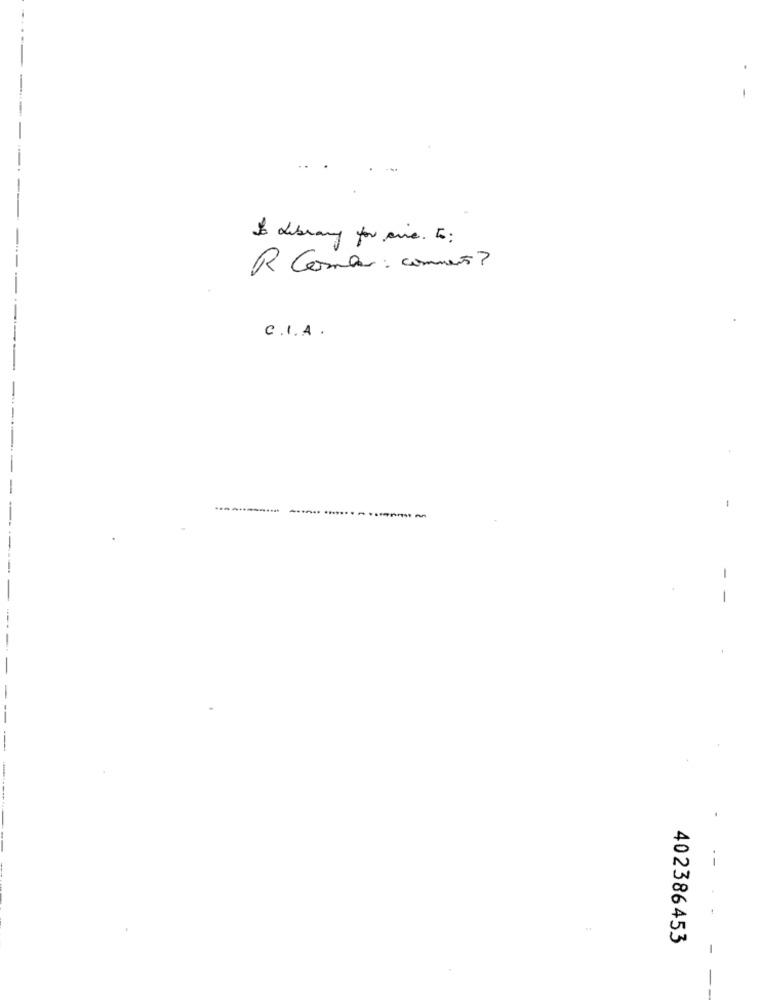
Io Library for sine . to:
R Come : comment?
C . I . A .
402386453